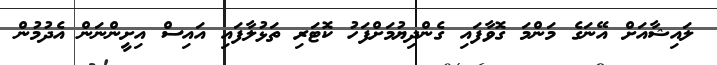
ލައިޝާއަށް އޭނަގެ މަންމަ ގޮވާފައި ގެންދިޔުމަށްފަހު ކޮޓަރި ތަޅުލާފައި އައިސް އިށީންނަން އެދުމުން